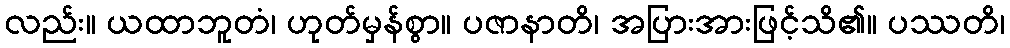
လည်း။ ယထာဘူတံ၊ ဟုတ်မှန်စွာ။ ပဇာနာတိ၊ အပြားအားဖြင့်သိ၏။ ပဿတိ၊